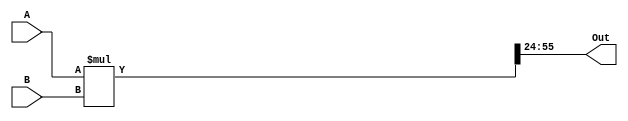
////////////////////////////////////////////////////////////////////////////////////////////////////////
//
// Institution   : Bandung Institute of Technology
//
// Design Name   : Multiplier with 2 input
// Module Name   : mult_2in
// Project Name  : LSI Design Contest in Okinawa 2018
// Target Devices: Sigmoid Function
// Tool versions : FPGA
//
// Description:
// 		Multiplying two input value
//
// Input:
//  	A : 16 bit signed : First Value
//  	B : 16 bit signed : Second Value
//
// Output:
//  	out : 16 bit signed : Result
//
// Revision:
// Revision 0.01 - File Created
// Additional Comments: Multiplication using operator *
//
///////////////////////////////////////////////////////////////////////////////////////////////////////

module mult (A, B, Out);
parameter DWIDTH=32;
parameter frac=24;
input signed [DWIDTH-1:0] A, B;
output signed [DWIDTH-1:0] Out;
wire signed [2*DWIDTH-1:0] temp;
assign temp = A*B;
assign Out = temp[((2*DWIDTH-1)-(DWIDTH-frac)):frac];
endmodule

module add (A, B, Out);
parameter DWIDTH=32;
parameter frac=24;
input signed [DWIDTH-1:0] A, B;
output signed [DWIDTH-1:0] Out;
assign Out = A + B;
endmodule